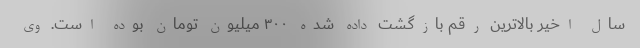
سال اخیر بالاترین رقم بازگشت داده شده ۳۰۰ میلیون تومان بوده است. وی